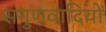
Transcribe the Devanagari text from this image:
सगुणवादियों